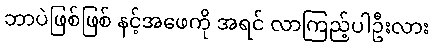
ဘာပဲဖြစ်ဖြစ် နင့်အဖေကို အရင် လာကြည့်ပါဦးလား